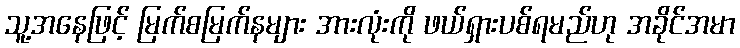
သူ့အနေဖြင့် မြက်စမြက်နများ အားလုံးကို ဖယ်ရှားပစ်ရမည်ဟု အခိုင်အမာ